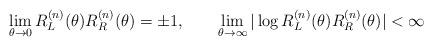
\begin{align*}\lim_{\theta\to 0}R^{(n)}_L(\theta)R^{(n)}_R(\theta )=\pm 1,\qquad \lim_{\theta\to\infty}\vert\log R^{(n)}_L(\theta )R^{(n)}_R(\theta )\vert <\infty\end{align*}